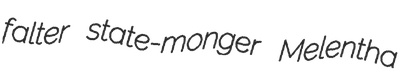
falter state-monger Melentha